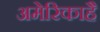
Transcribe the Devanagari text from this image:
अमेरिकाहै